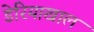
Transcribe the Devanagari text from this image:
डेरियाखाल